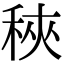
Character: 𥞵